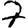
Digit: 7